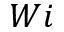
W i